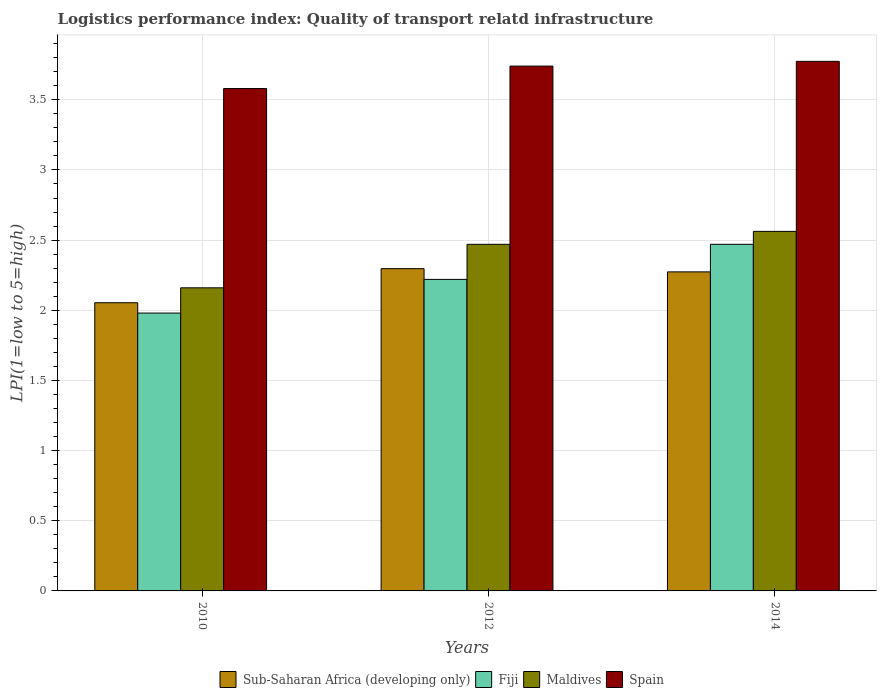
| Years | Sub-Saharan Africa (developing only) | Fiji | Maldives | Spain |
 | --- | --- | --- | --- | --- |
 | 2010 | 2.05 | 1.98 | 2.16 | 3.58 |
 | 2012 | 2.3 | 2.22 | 2.47 | 3.74 |
 | 2014 | 2.27 | 2.47 | 2.56 | 3.77 |